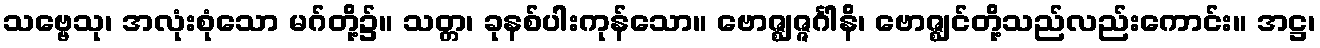
သဗ္ဗေသု၊ အလုံးစုံသော မဂ်တို့၌။ သတ္တ၊ ခုနစ်ပါးကုန်သော။ ဗောဇ္ဈဇ္ဇင်္ဂါနိ၊ ဗောဇ္ဈင်တို့သည်လည်းကောင်း။ အဋ္ဌ၊